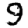
Digit: 9